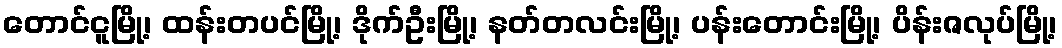
တောင်ငူမြို့၊ ထန်းတပင်မြို့၊ ဒိုက်ဦးမြို့၊ နတ်တလင်းမြို့၊ ပန်းတောင်းမြို့၊ ပိန်းဇလုပ်မြို့၊